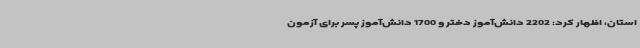
استان، اظهار کرد: 2202 دانش‌آموز دختر و 1700 دانش‌آموز پسر برای آزمون